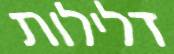
דלילות